Annual administration report of the Civil Veterinary Department of India - 1897-1898
Year: 1897
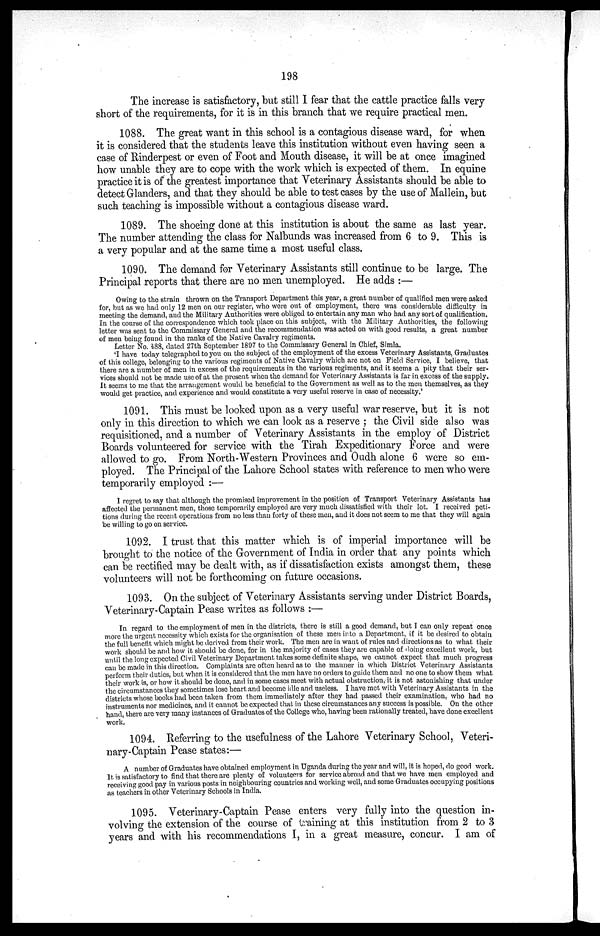
198
The increase is satisfactory, but still I fear that the cattle practice falls very
short of the requirements, for it is in this branch that we require practical men.
1088. The great want in this school is a contagious disease ward, for when
it is considered that the students leave this institution without even having seen a
case of Rinderpest or even of Foot and Mouth disease, it will be at once imagined
how unable they are to cope with the work which is expected of them. In equine
practice it is of the greatest importance that Veterinary Assistants should be able to
detect Glanders, and that they should be able to test cases by the use of Mallein, but
such teaching is impossible without a contagious disease ward.
1089. The shoeing done at this institution is about the same as last year.
The number attending the class for Nalbunds was increased from 6 to 9. This is
a very popular and at the same time a most useful class.
1090. The demand for Veterinary Assistants still continue to be large. The
Principal reports that there are no men unemployed. He adds:—
Owing to the strain thrown on the Transport Department this year, a great number of qualified men were asked
for, but as we had only 12 men on our register, who were out of employment, there was considerable difficulty in
meeting the demand, and the Military Authorities were obliged to entertain any man who had any sort of qualification.
In the course of the correspondence which took place on this subject, with the Military Authorities, the following
letter was sent to the Commissary General and the recommendation was acted on with good results, a great number
of men being found in the ranks of the Native Cavalry regiments.
Letter No. 488, dated 27th September 1897 to the Commissary General in Chief, Simla.
'I have today telegraphed to you on the subject of the employment of the excess Veterinary Assistants, Graduates
of this college, belonging to the various regiments of Native Cavalry which are not on Field Service, I believe, that
there are a number of men in excess of the requirements in the various regiments, and it seems a pity that their ser-
vices should not be made use of at the present when the demand for Veterinary Assistants is far in excess of the supply.
It seems to me that the arrangement would be beneficial to the Government as well as to the men themselves, as they
would get practice, and experience and would constitute a very useful reserve in case of necessity.'
1091. This must be looked upon as a very useful war reserve, but it is not
only in this direction to which we can look as a reserve; the Civil side also was
requisitioned, and a number of Veterinary Assistants in the employ of District
Boards volunteered for service with the Tirah Expeditionary Force and were
allowed to go. From North-Western Provinces and Oudh alone 6 were so em-
ployed. The Principal of the Lahore School states with reference to men who were
temporarily employed:—
I regret to say that although the promised improvement in the position of Transport Veterinary Assistants has
affected the permanent men, those temporarily employed are very much dissatisfied with their lot. I received peti-
tions during the recent operations from no less than forty of these men, and it does not seem to me that they will again
be willing to go on service.
1092. I trust that this matter which is of imperial importance will be
brought to the notice of the Government of India in order that any points which
can be rectified may be dealt with, as if dissatisfaction exists amongst them, these
volunteers will not be forthcoming on future occasions.
1093. On the subject of Veterinary Assistants serving under District Boards,
Veterinary-Captain Pease writes as follows:—
In regard to the employment of men in the districts, there is still a good demand, but I can only repeat once
more the urgent necessity which exists for the organisation of these men into a Department, if it be desired to obtain
the full benefit which might be derived from their work. The men are in want of rules and directions as to what their
work should be and how it should be done, for in the majority of cases they are capable of doing excellent work, but
until the long expected Civil Veterinary Department takes some definite shape, we cannot expect that much progress
can be made in this direction. Complaints are often heard as to the manner in which District Veterinary Assistants
perform their duties, but when it is considered that the men have no orders to guide them and no one to show them what
their work is, or how it should be done, and in some cases meet with actual obstruction, it is not astonishing that under
the circumstances they sometimes lose heart and become idle and useless. I have met with Veterinary Assistants in the
districts whose books had been taken from them immediately after they had passed their examination, who had no
instruments nor medicines, and it cannot be expected that in these circumstances any success is possible. On the other
hand, there are very many instances of Graduates of the College who, having been rationally treated, have done excellent
work.
1094. Referring to the usefulness of the Lahore Veterinary School, Veteri-
nary-Captain Pease states:—
A number of Graduates have obtained employment in Uganda during the year and will, it is hoped, do good work.
It is satisfactory to find that there are plenty of volunteers for service abroad and that we have men employed and
receiving good pay in various posts in neighbouring countries and working well, and some Graduates occupying positions
as teachers in other Veterinary Schools in India.
1095. Veterinary-Captain Pease enters very fully into the question in-
volving the extension of the course of training at this institution from 2 to 3
years and with his recommendations I, in a great measure, concur. I am of